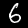
Label: 6